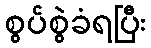
စွပ်စွဲခံရပြီး